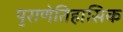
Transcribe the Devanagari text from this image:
पुराणेतिहासिक